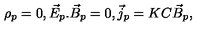
\rho _ { p } = 0 , \vec { E } _ { p } . \vec { B } _ { p } = 0 , \vec { j } _ { p } = K C \vec { B } _ { p } ,